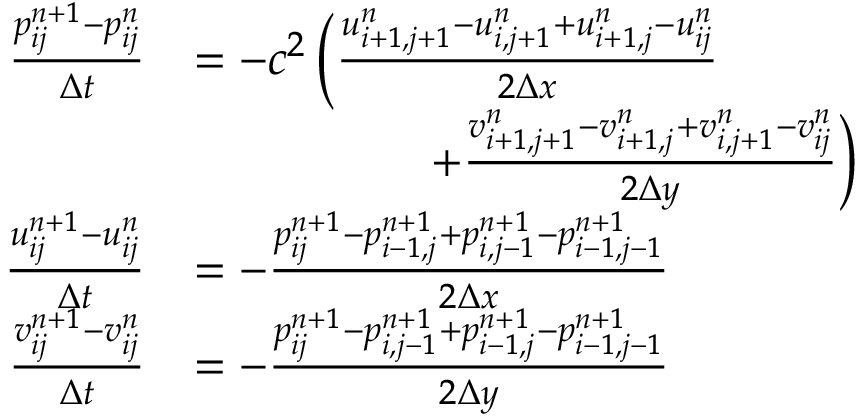
\begin{array} { r l } { \frac { p _ { i j } ^ { n + 1 } - p _ { i j } ^ { n } } { \Delta t } } & { = - c ^ { 2 } \left( \frac { u _ { i + 1 , j + 1 } ^ { n } - u _ { i , j + 1 } ^ { n } + u _ { i + 1 , j } ^ { n } - u _ { i j } ^ { n } } { 2 \Delta x } \right. } \\ & { \phantom { m m m m m m } \left. + \frac { v _ { i + 1 , j + 1 } ^ { n } - v _ { i + 1 , j } ^ { n } + v _ { i , j + 1 } ^ { n } - v _ { i j } ^ { n } } { 2 \Delta y } \right) } \\ { \frac { u _ { i j } ^ { n + 1 } - u _ { i j } ^ { n } } { \Delta t } } & { = - \frac { p _ { i j } ^ { n + 1 } - p _ { i - 1 , j } ^ { n + 1 } + p _ { i , j - 1 } ^ { n + 1 } - p _ { i - 1 , j - 1 } ^ { n + 1 } } { 2 \Delta x } } \\ { \frac { v _ { i j } ^ { n + 1 } - v _ { i j } ^ { n } } { \Delta t } } & { = - \frac { p _ { i j } ^ { n + 1 } - p _ { i , j - 1 } ^ { n + 1 } + p _ { i - 1 , j } ^ { n + 1 } - p _ { i - 1 , j - 1 } ^ { n + 1 } } { 2 \Delta y } } \end{array}